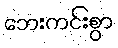
ဘေးကင်းစွာ